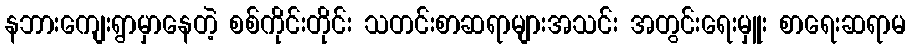
နဘားကျေးရွာမှာနေတဲ့ စစ်ကိုင်းတိုင်း သတင်းစာဆရာများအသင်း အတွင်းရေးမှူး စာရေးဆရာမ